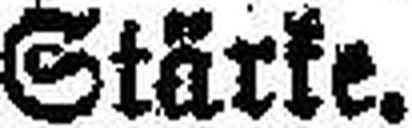
Stärke.